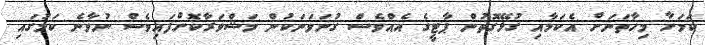
ކަމަށާ މިހާތަނަށް އެކަމާއި ގުޅޭގޮތުން ޕާޓީގެ އެއްވެސް ގުނަވަނަކުން މަޝްވަރާކޮށްފައިވެސް ނުވާނެ ކަމުގައި